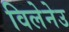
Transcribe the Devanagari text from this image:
विलेनेउ